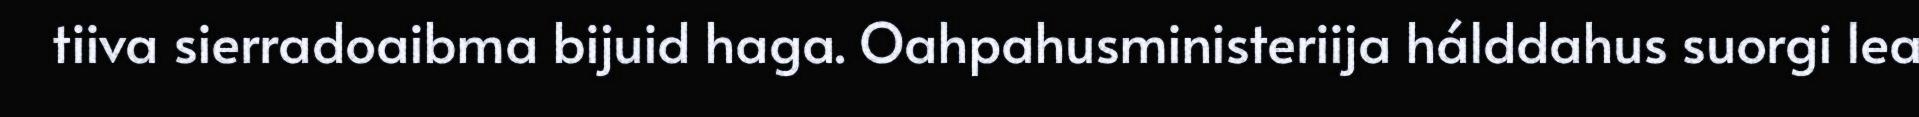
tiiva sierradoaibma bijuid haga. Oahpahusministeriija hálddahus suorgi lea